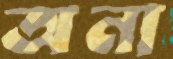
অনা